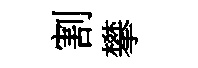
割攀